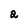
Character: 2